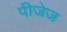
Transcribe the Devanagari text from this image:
पीजेज